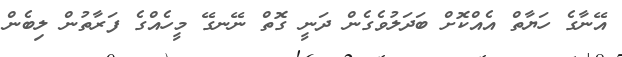
އޭނާގެ ހަޔާތް އެއްކޮށް ބަދަލުވެގެން ދަނީ ގޮތް ނޭނގޭ މީހެއްގެ ފަރާތުން ލިބެން